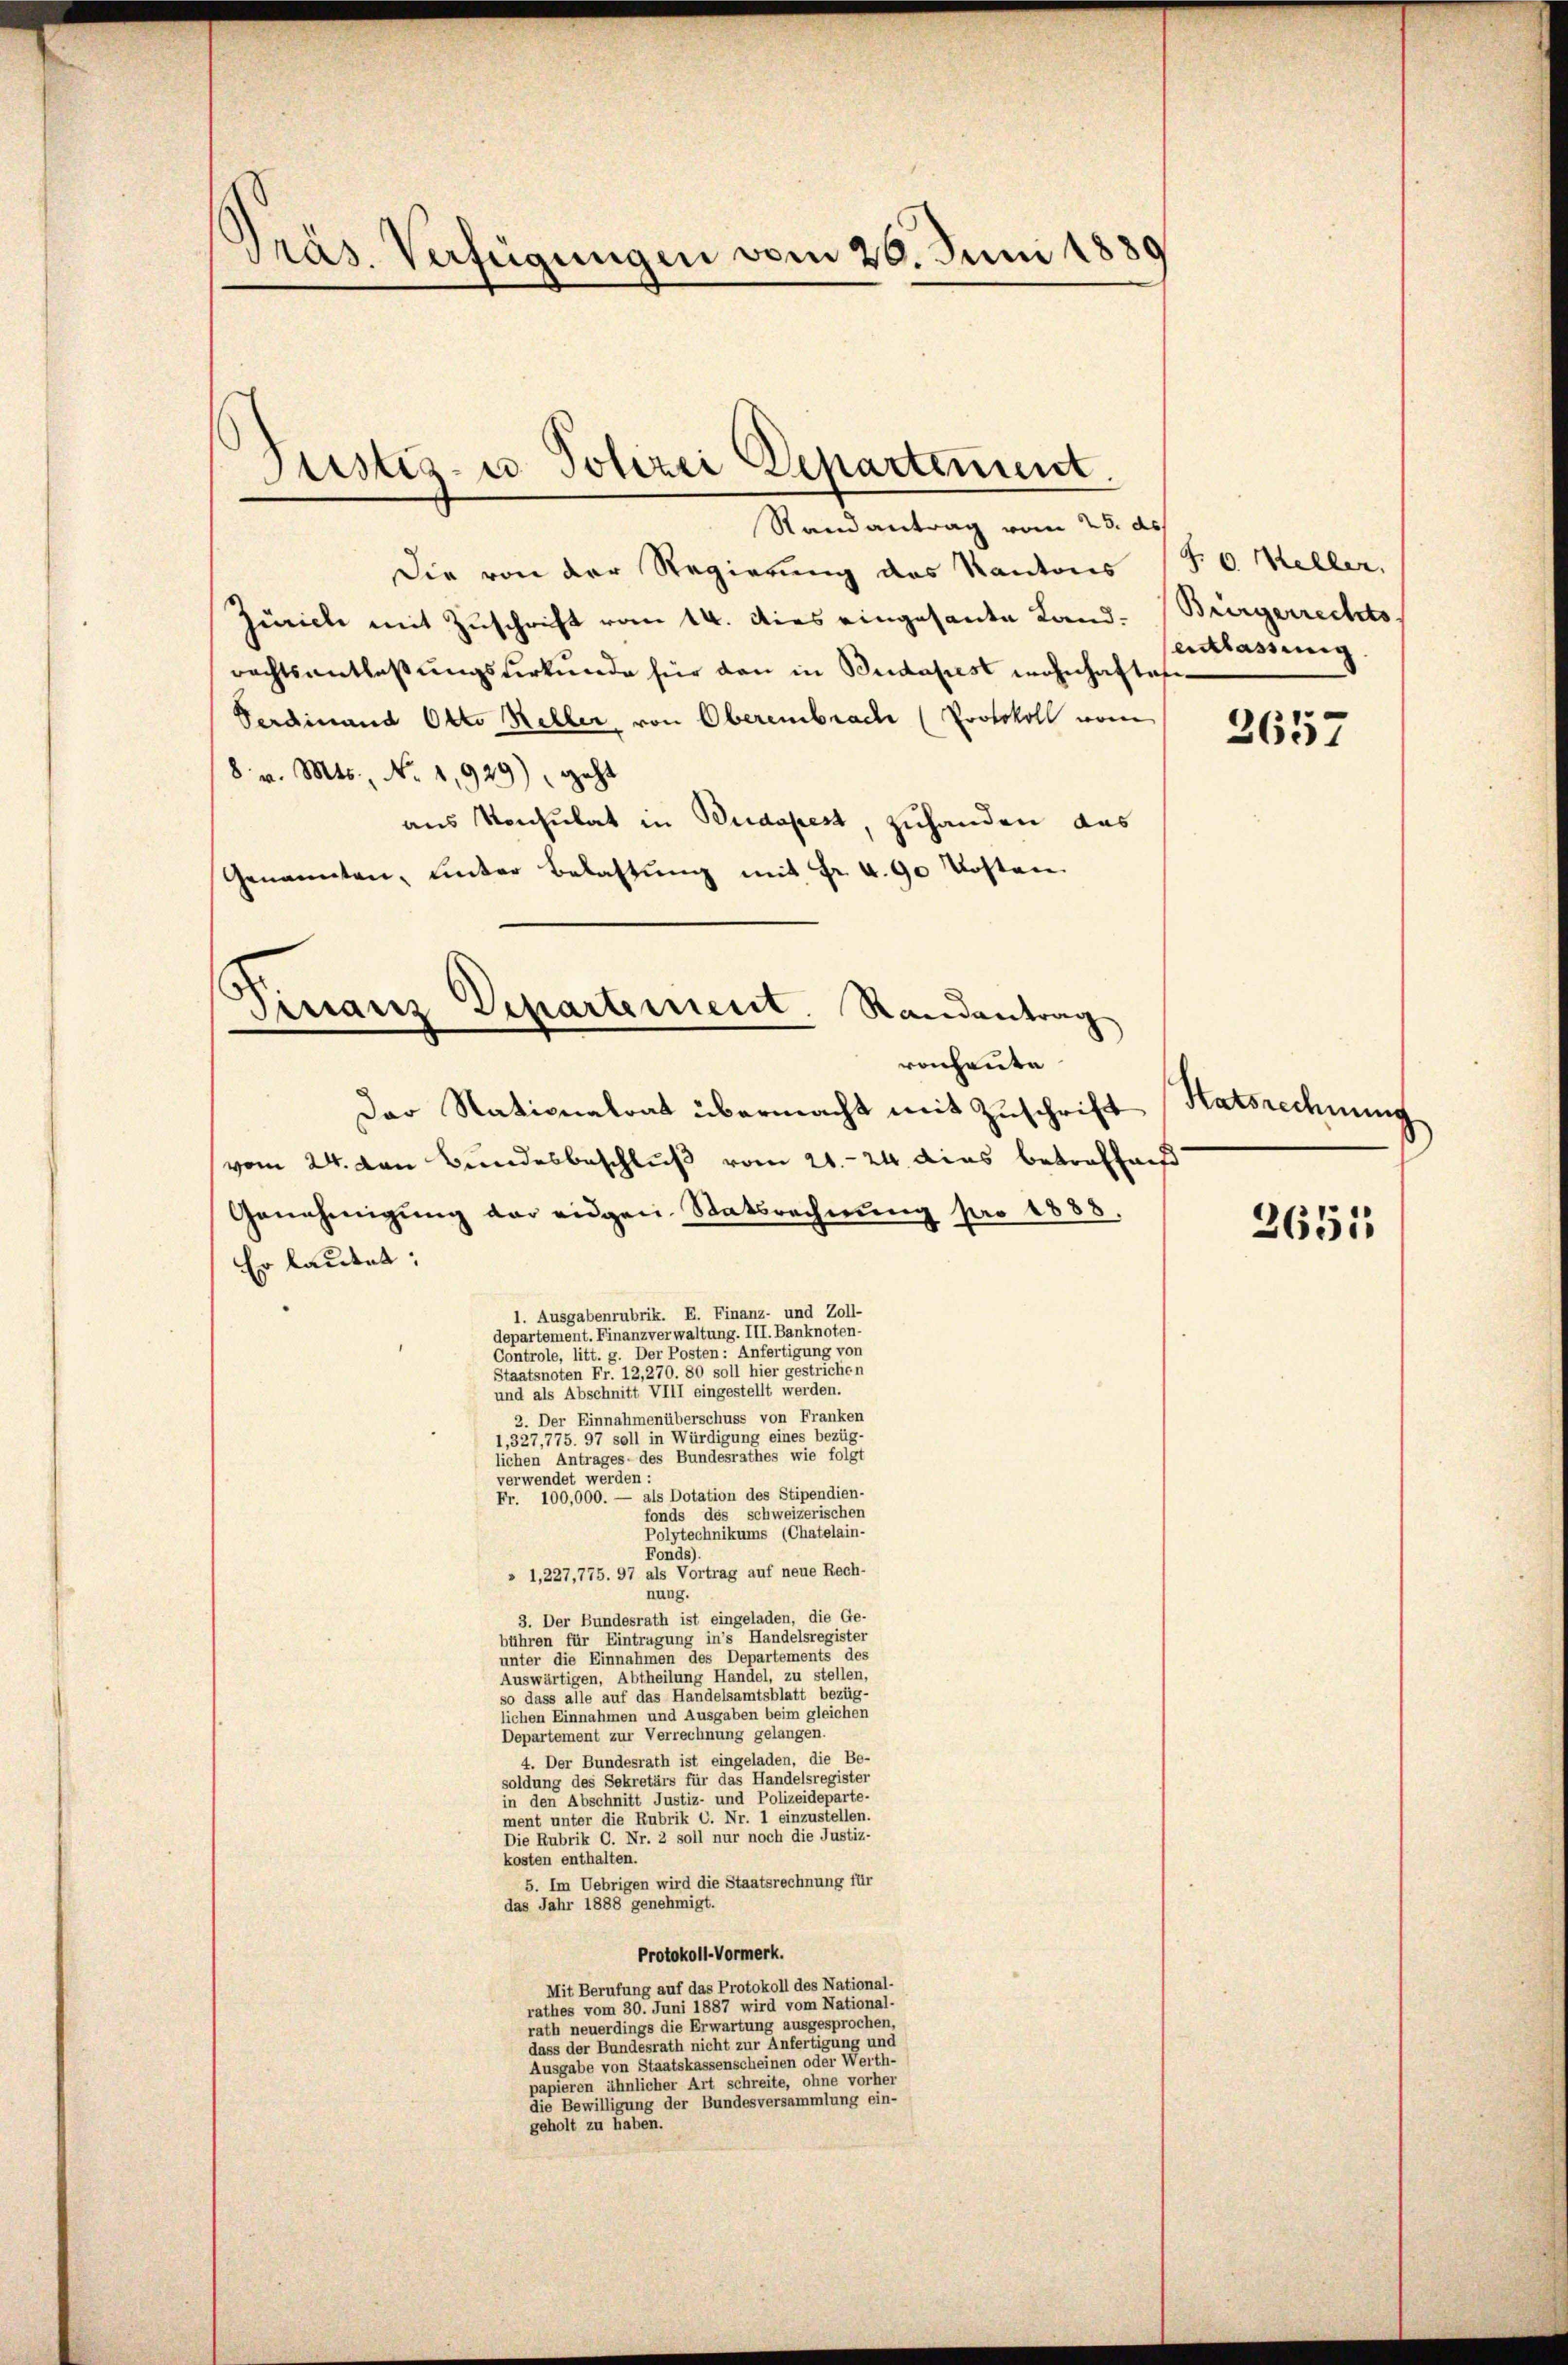
Präs. Verfügungen vom 26. Juni 1889

Sistiz- u. Polizei Departement

Randantrag vom 25. ds.
Die von der Regierung des Kantons
Züricle mit Zuschrift vom 14. dies eingesante Landrechtsentlaβŭngsverkŭnde für den in Budapest wohnhaftete
Ferdinand Otto Keller von Oberembrache (Protokoll vom
8. v. Mts., No 1,929), geht
aus Konsulat in Budapest, zuhanden das
Genannten, ŭnter Belastŭng mit Fr. 6.90 Kosten
ronheute
Der Nationalrat übermacht mit Zuschrift
vom 24. von Bundesbeschluß vom 21. 24 dies betreffniß
Genehmigung der eidgen. Statsrechnung pro 1883.
Er lautet;
1. Ausgabenrubrik. E. Finanz- und Zoll-
departement. Finanzverwaltung. III. Banknoten-
Controle, litt. g. Der Posten: Anfertigung von
Staatsnoten Fr. 12,270. 80 soll hier gestrichen
und als Abschnitt VIII eingestellt werden.
2. Der Einnahmenüberschuss von Franken
1,327,775. 97 soll in Würdigung eines bezüg-
lichen Antrages des Bundesrathes wie folgt
verwendet werden :
Fr. 100,000. — als Dotation des Stipendien-
fonds des schweizerischen
Polytechnikums (Chatelain-
Fonds).
» 1,227,775. 97 als Vortrag auf neue Rech-
nung.
3. Der Bundesrath ist eingeladen, die Ge-
bühren für Eintragung in’s Handelsregister
unter die Einnahmen des Departements des
Auswärtigen, Abtheilung Handel, zu stellen,
so dass alle auf das Handelsamtsblatt bezüg-
lichen Einnahmen und Ausgaben beim gleichen
Departement zur Verrechnung gelangen.
4. Der Bundesrath ist eingeladen, die Be-
soldung des Sekretärs für das Handelsregister
in den Abschnitt Justiz- und Polizeideparte-
ment unter die Rubrik C. Nr. 1 einzustellen.
Die Rubrik C. Nr. 2 soll nur noch die Justiz-
kosten enthalten.
5. Im Uebrigen wird die Staatsrechnung für
das Jahr 1888 genehmigt.
Protokoll-Vormerk.
Mit Berufung auf das Protokoll des National-
rathes vom 30. Juni 1887 wird vom National-
rath neuerdings die Erwartung ausgesprochen
dass der Bundesrath nicht zur Anfertigung und
Ausgabe von Staatskassenscheinen oder Werth-
papieren ähnlicher Art schreite, ohne vorher
die Bewilligung der Bundesversammlung ein-
geholt zu haben.

Finanz Separtement. Randantrag

§. 6. Mehler.
Bürgerrechts,
entlassung

2657

Hatsrechnung

265: